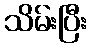
သိမ်းပြီး